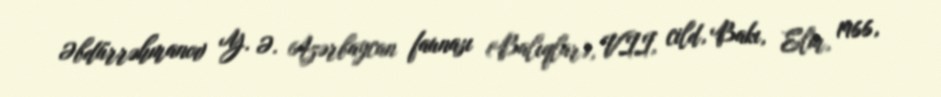
Əbdürrəhmanov Y. Ə. Azərbaycan faunası (Balıqlar), VII, cild, Bakı, Elm, 1966,